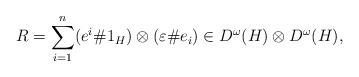
LaTeX: \begin{align*}R=\sum _{i=1}^n(e^i\# 1_H)\otimes (\varepsilon\# e_i)\in D^{\omega }(H)\otimes D^{\omega }(H),\end{align*}